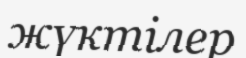
жүктілер